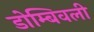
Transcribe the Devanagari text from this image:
डोम्बिवली